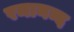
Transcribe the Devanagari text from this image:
रमानन्द